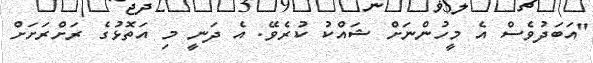
"އަބަދުވެސް އެ މީހުންނަށް ޝައްކު ކުރެވޭ. އެ ދަނީ މި އަތޮޅުގެ ރަށްރަށަށް